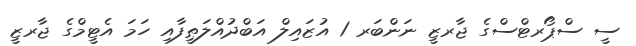
ސީ ސްޕޯރޓްސްގެ ޖާރޒީ ނަންބަރ 1 އުޒައިލް އަބްދުއްލަޠީފާއި ހަމަ އެޓީމްގެ ޖާރޒީ